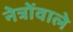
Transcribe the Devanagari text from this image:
नेत्रोंवाले